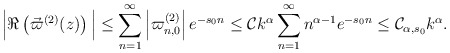
\begin{align*} \Big|\Re \left( \vec{\varpi}^{(2)}(z) \right) \Big| & \leq \sum\limits_{n=1}^{\infty} \left|\varpi_{n,0}^{(2)}\right| e^{-s_0n} \leq \mathcal{C}k^{\alpha} \sum\limits_{n=1}^{\infty} n^{\alpha-1} e^{-s_0n} \leq \mathcal{C}_{\alpha,s_0} k^{\alpha}. \end{align*}